Civil Veterinary Dept. Bombay admin report 1932-41 - 1932-1941
Year: 1932
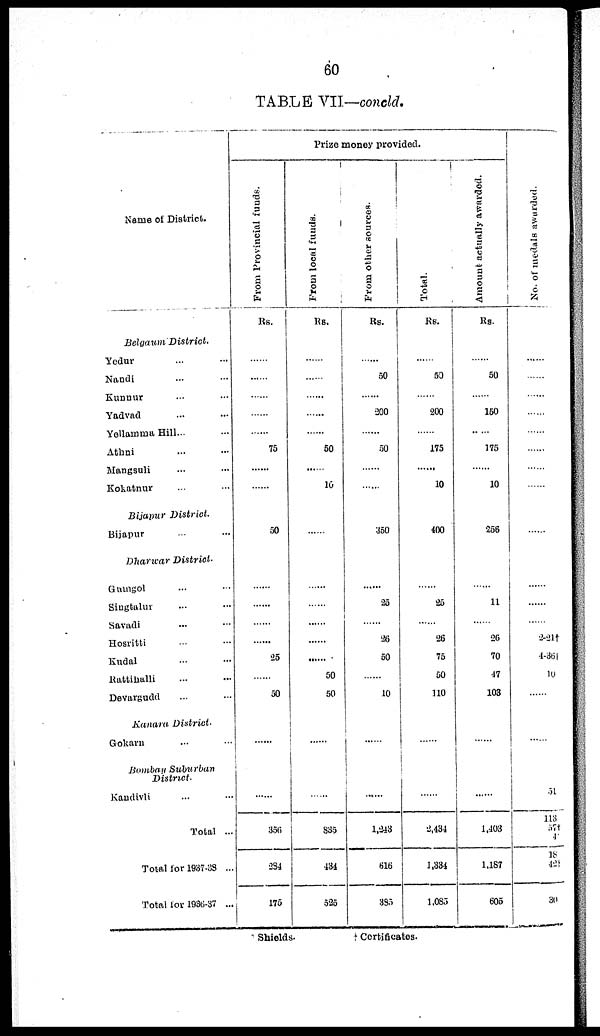
60
TABLE VII—concld.
Name of District.
Belgaum
District.
Yedur ... ...
Nandi ... ...
Kunnur ... ...
Yadvad ... ...
Yellamma Hill... ...
Athni ... ...
Mangsuli ... ...
Kokatnur ... ...
Bijaipur District.
Bijapur ... ...
Dharwar District.
Gumgol ... ...
Singtalur ... ...
Savadi ... ...
Hosritti ... ...
Kudal ... ...
Rattihalli ... ...
Devargudd ... ...
Kanara District.
Gokarn ... ...
Bombay
Suburban
District.
Kandivli ... ...
Total ...
Total for 1937-38 ..
Total for 1936-37 ..
Prize money provided.
Fr om P r o v i n c i a l f unds .
Rs.
......
......
......
......
......
75
......
......
50
......
......
......
......
25
......
50
......
......
356
284
175
From local funds.
Rs.
......
......
......
......
......
50
......
10
......
......
......
......
......
......
50
50
......
......
835
434
525
From other sources.
Rs.
......
50
......
200
......
50
......
......
350
......
25
......
26
50
......
10
......
......
1,243
616
385
Total.
RS.
......
50
......
200
......
175
......
10
400
......
25
......
26
75
50
110
......
......
2,484
1,334
1,085
Amount actually awarded.
Rs.
......
50
......
150
......
175
......
10
256
......
11
......
26
70
47
103
......
......
1,403
1,187
605
No. of medals aw
......
......
......
......
......
......
......
......
......
......
......
......
2-21†
4-36†
10
......
......
51
113
57†
18
42†
30
Shields.
†
Certificates.